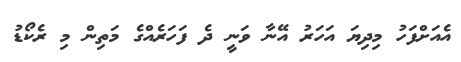
އެއަށްފަހު މިދިޔަ އަހަރު އޭނާ ވަނީ ދެ ފަހަރެއްގެ މަތިން މި ރެކޯޑު